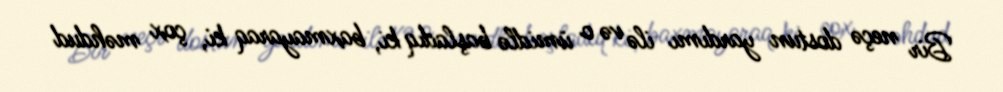
Bir neçə dostun yardımı ilə və o ümidlə başladıq ki, baxmayaraq ki, çox məhdud